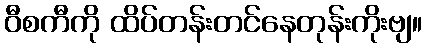
ဝီစကီကို ထိပ်တန်းတင်နေတုန်းကိုးဗျ။